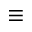
\equiv